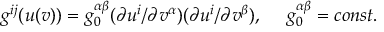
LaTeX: g ^ { i j } ( u ( v ) ) = g _ { 0 } ^ { \alpha \beta } ( \partial u ^ { i } / \partial v ^ { \alpha } ) ( \partial u ^ { i } / \partial v ^ { \beta } ) , \ \ \ \ g _ { 0 } ^ { \alpha \beta } = c o n s t .